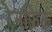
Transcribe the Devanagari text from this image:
रेनफ्रिऊ